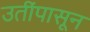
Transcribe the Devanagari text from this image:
उतींपासून